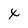
Character: x